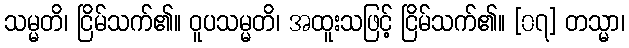
သမ္မတိ၊ ငြိမ်သက်၏။ ဝူပသမ္မတိ၊ အထူးသဖြင့် ငြိမ်သက်၏။ [၀၇] တသ္မာ၊